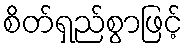
စိတ်ရှည်စွာဖြင့်